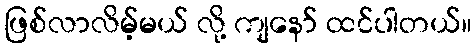
ဖြစ်လာလိမ့်မယ် လို့ ကျနော် ထင်ပါတယ်။